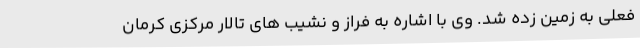
فعلی به زمین زده شد. وی با اشاره به فراز و نشیب های تالار مرکزی کرمان